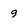
Character: 9